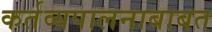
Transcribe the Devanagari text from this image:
कर्तव्यपालनाबाबत